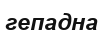
гепадна